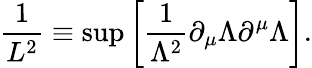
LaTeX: \frac{1}{L^{2}}\equiv\operatorname*{sup}\left[\frac{1}{\Lambda^{2}}\partial_{\mu}\Lambda\partial^{\mu}\Lambda\right].